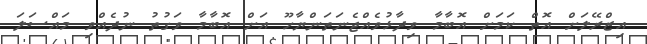
އިޒްރޭލަށް އޮތް ކަމަށް އޮބާމާ ވިދާޅުވެއްޖެނަތަންޔާހޫ އަށް އޮބާމާ ވަގުތު ނުދެއްވި މައްސަލަ